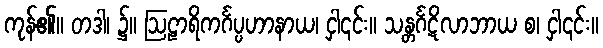
ကုန်၏။ တဒါ၊ ၌။ ဩဠာရိကင်္ဂပ္ပဟာနာယ၊ ငှါ၎င်း။ သန္တင်္ဂဋိလာဘာယ စ၊ ငှါ၎င်း။